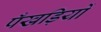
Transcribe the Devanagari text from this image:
पँखड़ियों